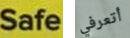
Safe أتعرفي